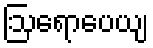
ဩရောပေယျ